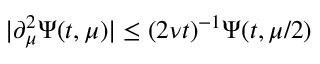
| \partial _ { \mu } ^ { 2 } \Psi ( t , \mu ) | \leq ( 2 \nu t ) ^ { - 1 } \Psi ( t , \mu / 2 )